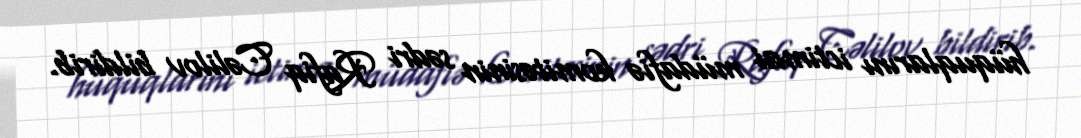
hüquqlarını ictimai müdafiə komitəsinin sədri Rafiq Cəlilov bildirib.